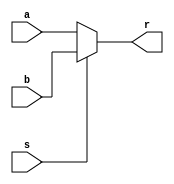
module mux16b2(
    input[15:0] a,
    input[15:0] b,
    input[0:0] s,
    output[15:0] r
);

assign r = (s == 0) ? a : b;

endmodule